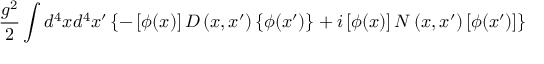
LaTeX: \frac { g ^ { 2 } } 2 \int d ^ { 4 } x d ^ { 4 } x ^ { \prime } \left\{ - \left[ \phi ( x ) \right] D \left( x , x ^ { \prime } \right) \left\{ \phi ( x ^ { \prime } ) \right\} + i \left[ \phi ( x ) \right] N \left( x , x ^ { \prime } \right) \left[ \phi ( x ^ { \prime } ) \right] \right\}